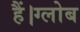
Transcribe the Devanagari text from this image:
हैं।ग्लोब